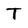
Character: T